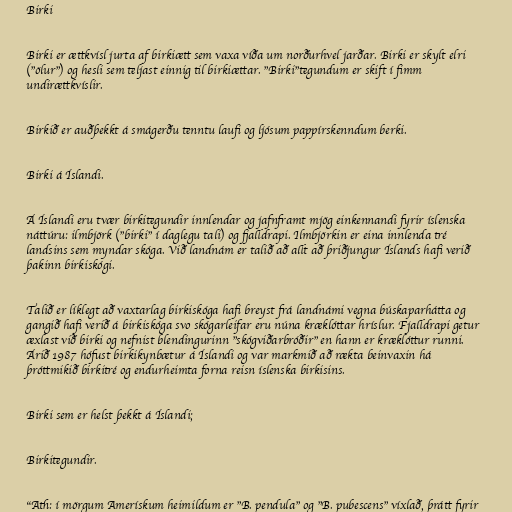
Birki

Birki er ættkvísl jurta af birkiætt sem vaxa víða um norðurhvel jarðar. Birki er skylt elri
("ölur") og hesli sem teljast einnig til birkiættar. "Birki"tegundum er skift í fimm
undirættkvíslir.

Birkið er auðþekkt á smágerðu tenntu laufi og ljósum pappírskenndum berki.

Birki á Íslandi.

Á Íslandi eru tvær birkitegundir innlendar og jafnframt mjög einkennandi fyrir íslenska
náttúru: ilmbjörk ("birki" í daglegu tali) og fjalldrapi. Ilmbjörkin er eina innlenda tré
landsins sem myndar skóga. Við landnám er talið að allt að þriðjungur Íslands hafi verið
þakinn birkiskógi.

Talið er líklegt að vaxtarlag birkiskóga hafi breyst frá landnámi vegna búskaparhátta og
gangið hafi verið á birkiskóga svo skógarleifar eru núna kræklóttar hríslur. Fjalldrapi getur
æxlast við birki og nefnist blendingurinn "skógviðarbróðir" en hann er kræklóttur runni.
Árið 1987 hófust birkikynbætur á Íslandi og var markmið að rækta beinvaxin há
þróttmikið birkitré og endurheimta forna reisn íslenska birkisins.

Birki sem er helst þekkt á Íslandi;

Birkitegundir.

"Ath: í mörgum Amerískum heimildum er "B. pendula" og "B. pubescens" víxlað, þrátt fyrir